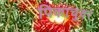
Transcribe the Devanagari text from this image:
पिकाचुवर